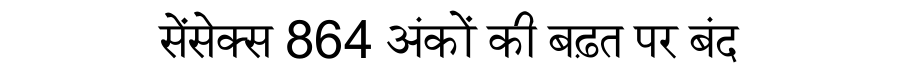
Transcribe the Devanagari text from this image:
सेंसेक्स 864 अंकों की बढ़त पर बंद